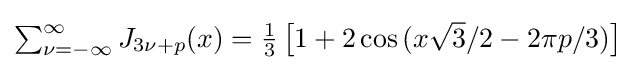
{\textstyle \sum _{\nu =-\infty }^{\infty }J_{3\nu +p}(x)={\frac {1}{3}}\left[1+2\cos {(x{\sqrt {3}}/2-2\pi p/3)}\right]}